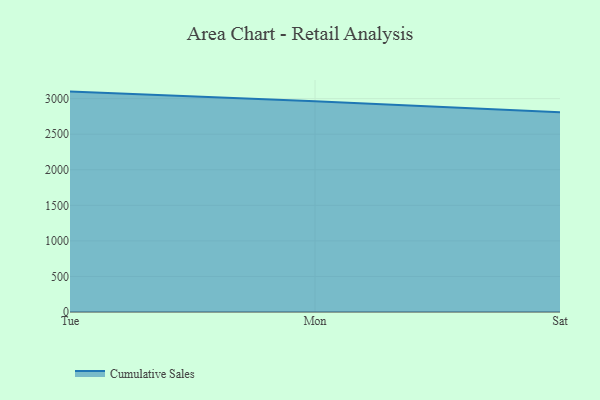
{"axis": {"x": "Day", "y": "Demand Index"}, "legend": ["Cumulative Sales"], "data": [{"x": "Tue", "y": 3099.2, "type": "Cumulative Sales"}, {"x": "Mon", "y": 2961.9, "type": "Cumulative Sales"}, {"x": "Sat", "y": 2809.4, "type": "Cumulative Sales"}]}